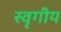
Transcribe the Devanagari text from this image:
स्वृगीय